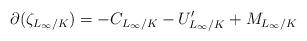
LaTeX: \begin{align*}\partial(\zeta_{L_{\infty}/K}) = -C_{L_{\infty}/K} - U'_{L_{\infty}/K} + M_{L_{\infty}/K}\end{align*}